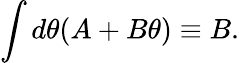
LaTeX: \int d\theta(A+B\theta)\equiv B.